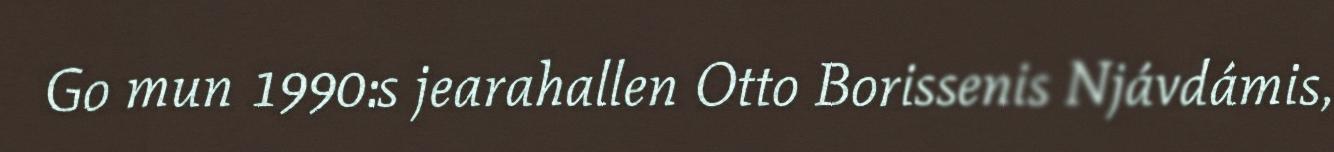
Go mun 1990:s jearahallen Otto Borissenis Njávdámis,